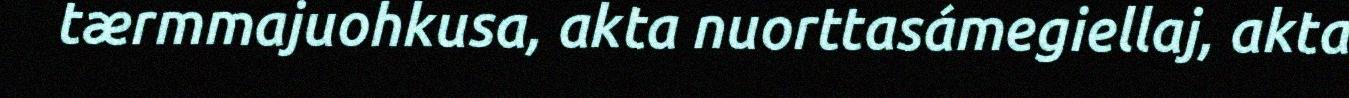
tærmmajuohkusa, akta nuorttasámegiellaj, akta